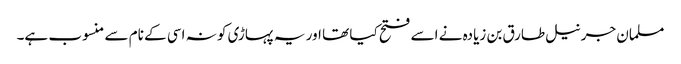
مسلمان جرنیل طارق بن زیادہ نے اسے فتح کیا تھا اور یہ پہاڑی کو نہ اسی کے نام سے منسوب ہے۔